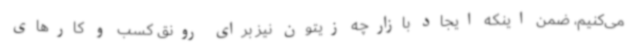
می‌کنیم، ضمن اینکه ایجاد بازارچه زیتون نیز برای رونق کسب و کارهای